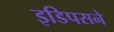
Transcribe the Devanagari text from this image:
इडिपसने